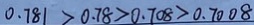
0 . 7 8 1 > 0 . 7 8 > 0 . 7 0 8 > 0 . 7 0 0 8